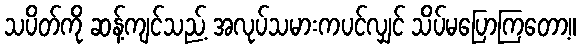
သပိတ်ကို ဆန့်ကျင်သည့် အလုပ်သမားကပင်လျှင် သိပ်မပြောကြတော့။